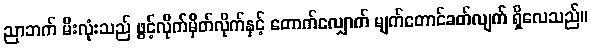
ညာဘက် မီးလုံးသည် ဖွင့်လိုက်မှိတ်လိုက်နှင့် တောက်လျှောက် မျက်တောင်ခတ်လျက် ရှိလေသည်။